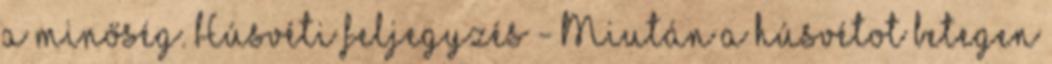
a minőség. Húsvéti feljegyzés - Miután a húsvétot betegen